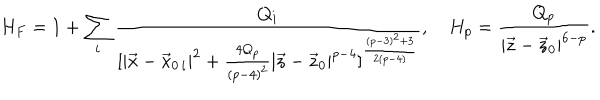
LaTeX: H _ { F } = 1 + \sum _ { i } { \frac { Q _ { i } } { [ | \vec { x } - \vec { x } _ { 0 \, i } | ^ { 2 } + { \frac { 4 Q _ { p } } { ( p - 4 ) ^ { 2 } } } | \vec { z } - \vec { z } _ { 0 } | ^ { p - 4 } ] ^ { \frac { ( p - 3 ) ^ { 2 } + 3 } { 2 ( p - 4 ) } } } } , H _ { p } = { \frac { Q _ { p } } { | \vec { z } - \vec { z } _ { 0 } | ^ { 6 - p } } } .